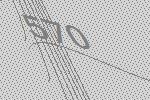
570